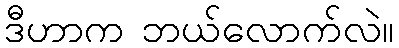
ဒီဟာက ဘယ်လောက်လဲ။